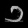
Digit: ၁